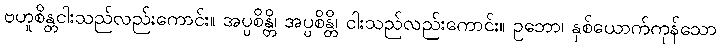
ဗဟူစိန္တငါးသည်လည်းကောင်း။ အပ္ပစိန္တိ၊ အပ္ပစိန္တိ၊ ငါးသည်လည်းကောင်း။ ဥဘော၊ နှစ်ယောက်ကုန်သော